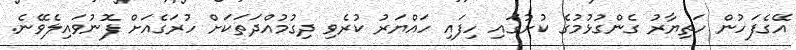
އޭގެފަހުން ހަތިޔާރު ގެންގުޅުމުގެ ކުށުގައި ހިފައި ހައްޔަރު ކުރެވި ދިގުމުއްދަތަކަށް ހުރަގެއަށް ފޮނުވައިލެވޭނެ.